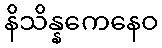
နိသိန္နကေနေဝ